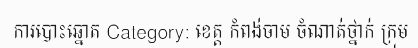
ការបោះឆ្នោត Category: ខេត្ត កំពង់ចាម ចំណាត់ថ្នាក់ ក្រុម